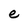
Character: e